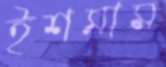
ইশমাম